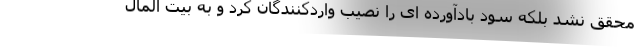
محقق نشد بلکه سود بادآورده ای را نصیب واردکنندگان کرد و به بیت المال